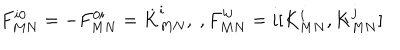
F _ { M N } ^ { i 0 } = - F _ { M N } ^ { 0 i } = \dot { K } _ { M N } ^ { i } , \ , F _ { M N } ^ { i j } = i [ K _ { M N } ^ { i } , K _ { M N } ^ { j } ]